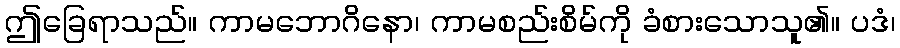
ဤခြေရာသည်။ ကာမဘောဂိနော၊ ကာမစည်းစိမ်ကို ခံစားသောသူ၏။ ပဒံ၊